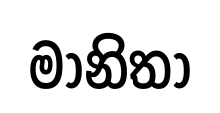
මානිතා